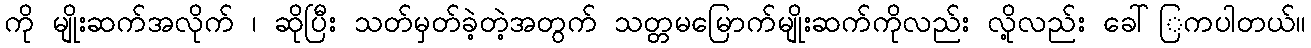
ကို မျိုးဆက်အလိုက် ၊ ဆိုပြီး သတ်မှတ်ခဲ့တဲ့အတွက် သတ္တမမြောက်မျိုးဆက်ကိုလည်း လို့လည်း ခေါ်ြကပါတယ်။